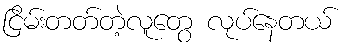
ငြိမ်းတတ်တဲ့လူတွေ လုပ်နေတယ်